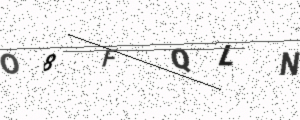
Text: O8FQLN